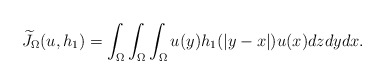
\begin{align*}\widetilde{J}_{\Omega}(u,h_{1})=\int_{\Omega}\int_{\Omega}\int_{\Omega}u(y)h_{1}(|y-x|)u(x)dzdydx.\end{align*}